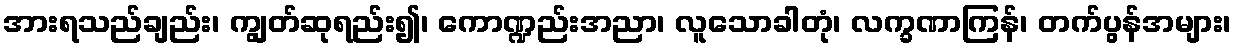
အားရသည်ချည်း၊ ကျွတ်ဆုရည်း၍၊ ကောဏ္ဍည်းအညာ၊ လူသောခါတုံ၊ လက္ခဏာကြန်၊ တက်ပွန်အများ၊